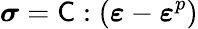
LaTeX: {\boldsymbol{\mathbf{\mathit{\sigma}}}}=\mathsf{{C}}:({\boldsymbol{\mathbf{\mathit{\varepsilon}}}}-{\boldsymbol{\mathbf{\mathit{\varepsilon}}}}^{p})